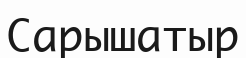
Сарышатыр